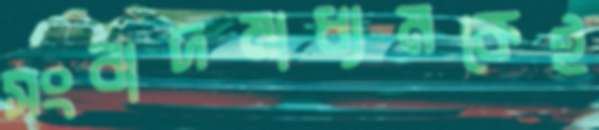
সংবাদমাধ্যমকেই